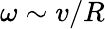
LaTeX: \omega\sim v/R